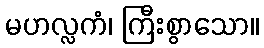
မဟလ္လကံ၊ ကြီးစွာသော။